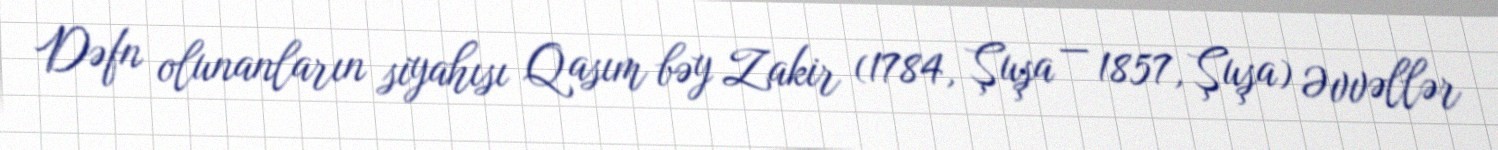
Dəfn olunanların siyahısı Qasım bəy Zakir (1784, Şuşa — 1857, Şuşa) Əvvəllər